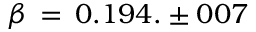
\beta \, = \, 0 . 1 9 4 . \pm 0 0 7